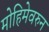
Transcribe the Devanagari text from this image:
मोहिमेवरुन